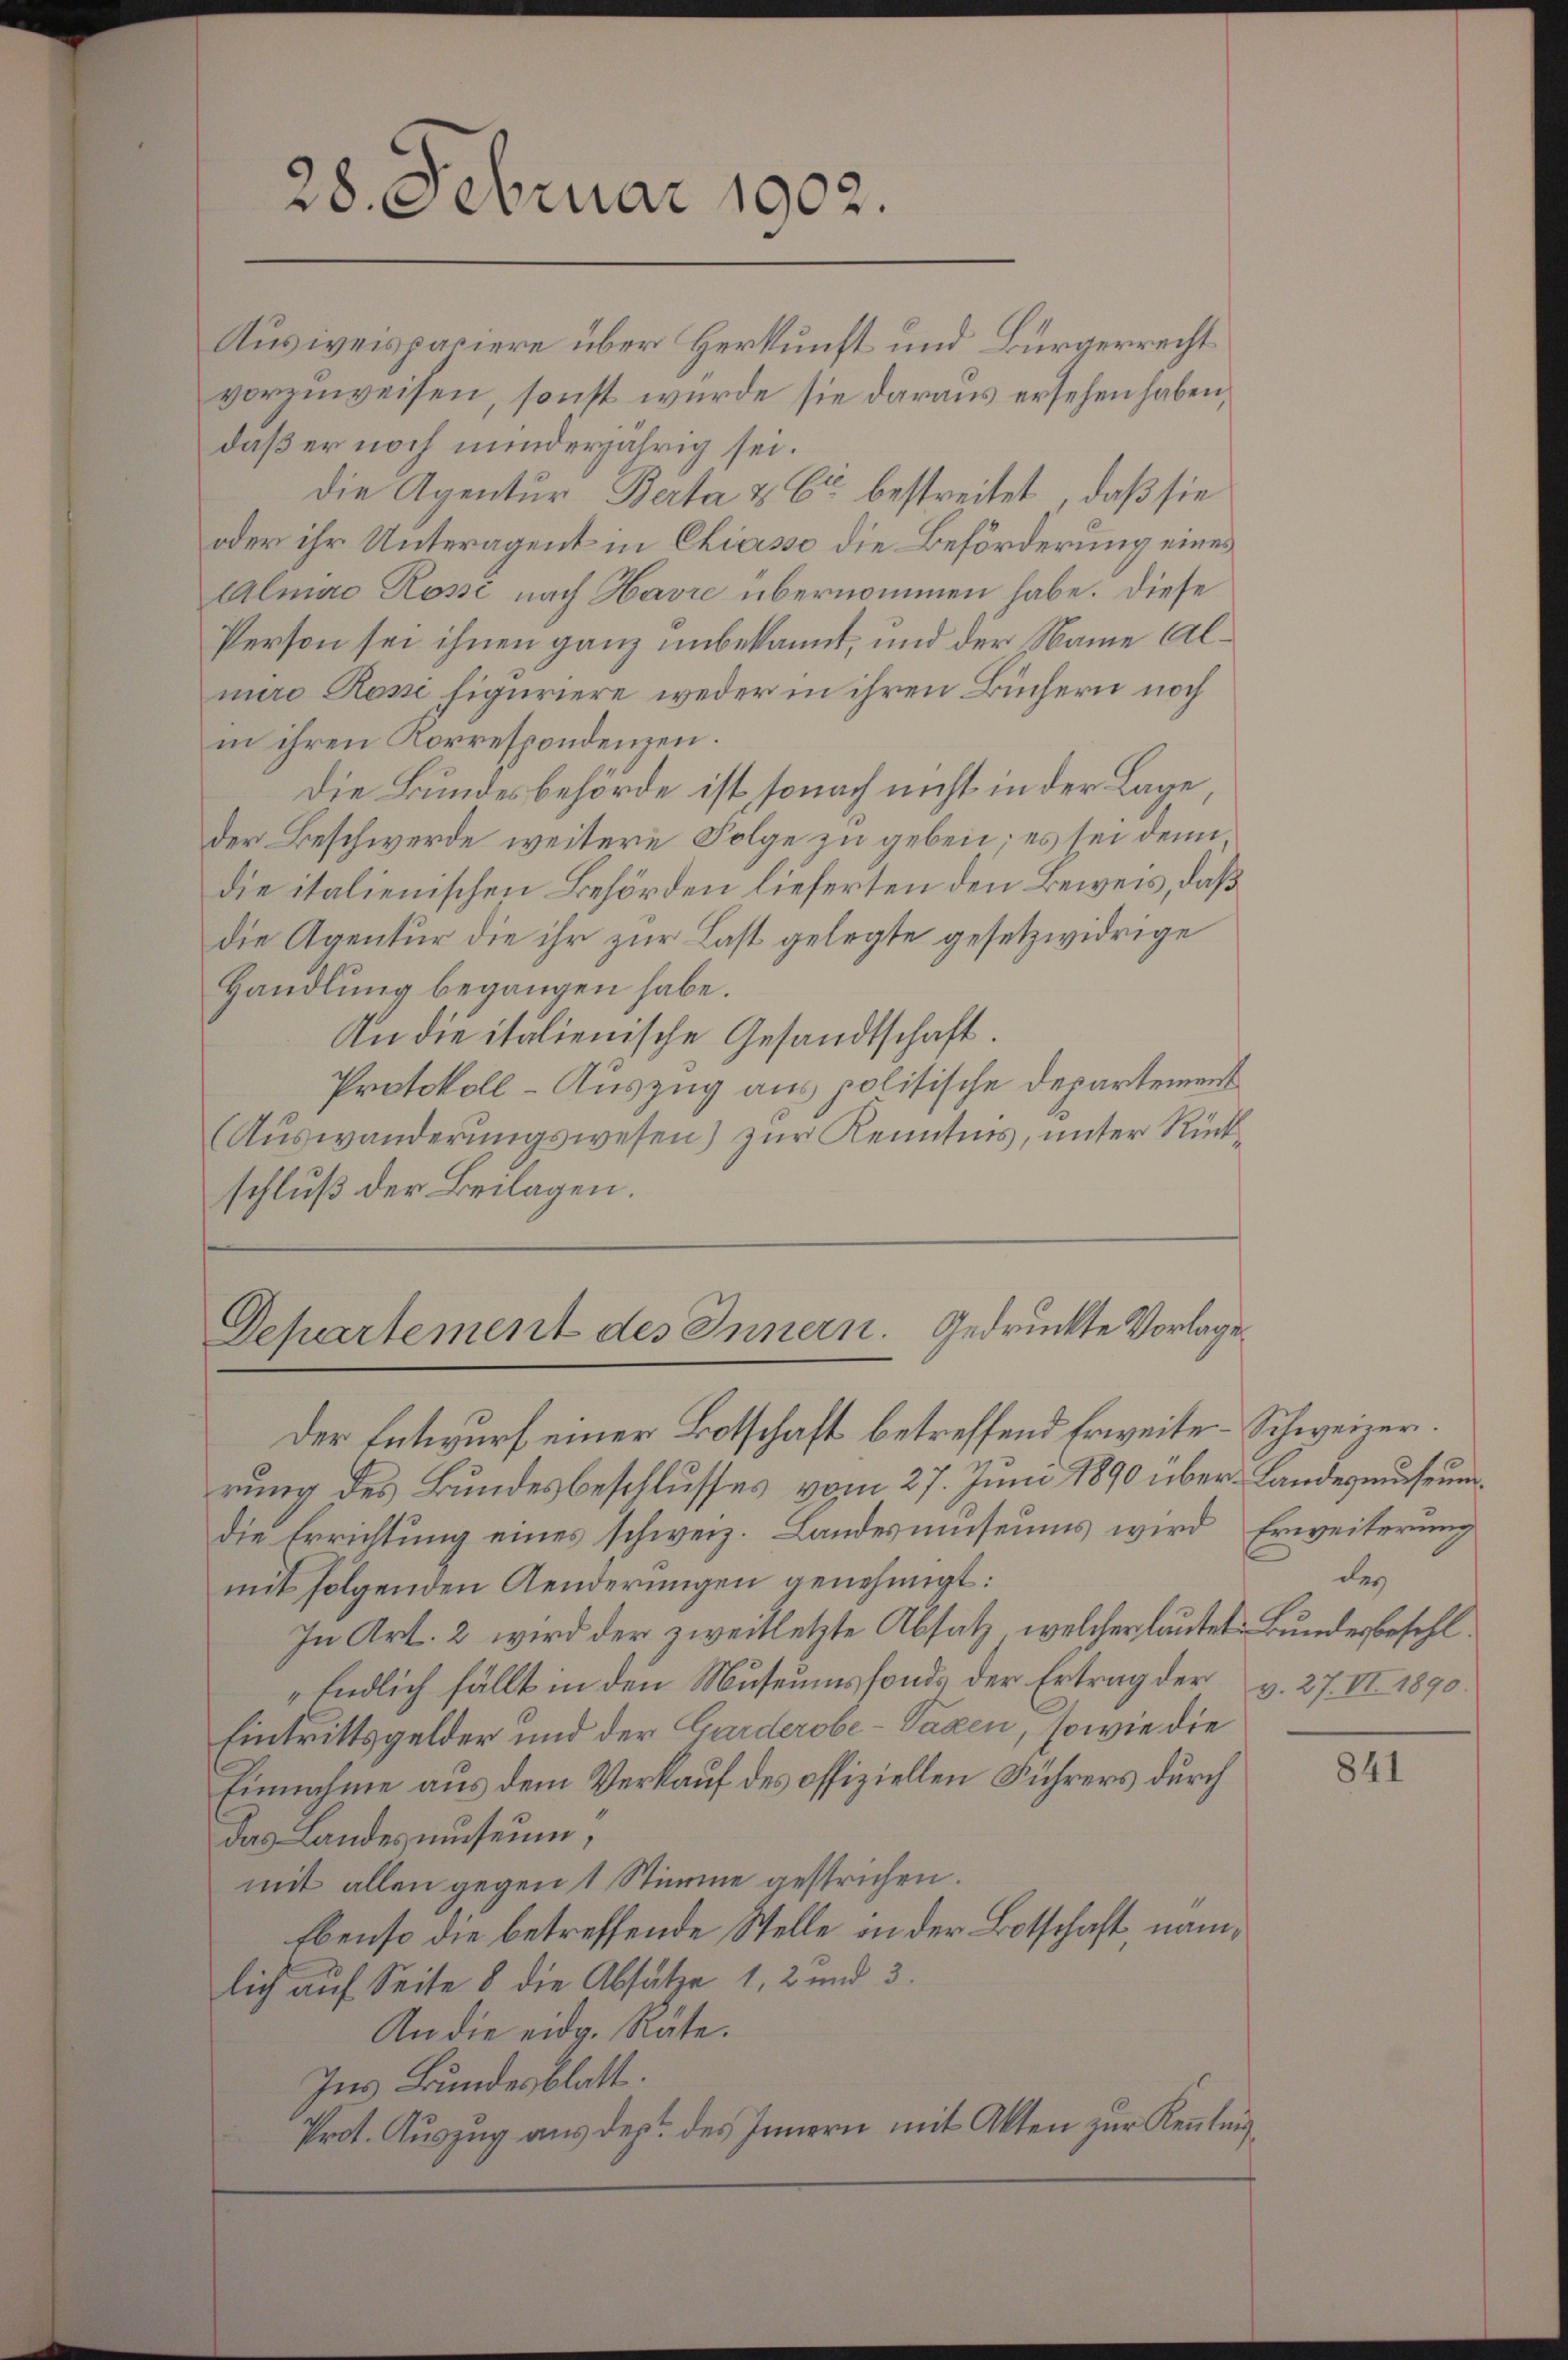
daß er noch minderjährig sei.
die Agentur Berta & Cie bestreitet, daß sie
oder ihr Unteragent in Chiasso die Beförderung eines
Almine Rossi nach Havre übernommen habe. Diese
Person sei ihnen ganz unbekannt, und der Name Alnuro Rossi figuriere weder in ihren Büchern noch
in ihren Korrespondenzen.
Die Bundesbehörde ist, sonach nicht in der Lage
der Beschwerde weitere Folge zu geben; es sei denn
die italienischen Behörden lieferten den Beweis, daß
die Agentur die ihr zur Last gelegte gesetzwidrige
Handlung begangen habe.
An die italienische Gesandtschaft.
Protokoll-Auszug aus politische Departement
(Auswanderŭngswesen) zŭr Kenntnis, unter Rückschluß der Beilagen.

28. Februar 1902.

Departement des Innern. Gedruckte Vorlage
Der Entwurf einer Botschaft betreffend Erweite-Schweizer.

rung des Bundesbeschlusses vom 27. Juni 1890 über Landesmuseumdie Errichtung eines schweiz. Landesmuseums wird
mit folgenden Aenderungen genehmigt:
In Art. 2 wird der zweitletzte Absatz, welcher lautet Bundesbeschl.
Endlich fällt in den Museums fonds der Ertrag der v. 27. II. 1890.
Eintrittsgelder und der Garderobe-Taxen, sowie die
Einnahme aus dem Verkauf des offiziellen Führers durch
das Landes useum,
mit allen gegen 1 Stimme gestrichen.
Ebenso die betreffende Stelle in der Botschaft nämlich auf Seite 8 die Absätze 1, 2 und 3.
An die eidg. Räte.
Ins Bundesblatt.
Prot. Auszug aus dept. des Innern mit Akten zur Kenntnis

Ausiveispaciere über Herkunft und Bürgerrecht
vorzuweisen, sonst wurde sie daraus ersehen haben,

Erweiterung
des

841